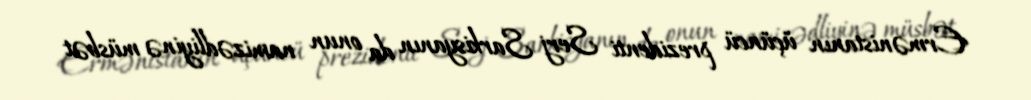
Ermənistanın üçüncü prezidenti Serj Sarkisyanın da onun namizədliyinə müsbət